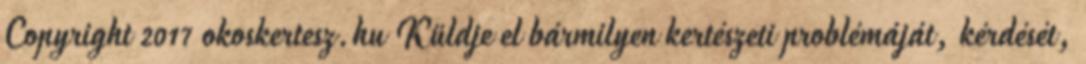
Copyright 2017 okoskertesz.hu Küldje el bármilyen kertészeti problémáját, kérdését,